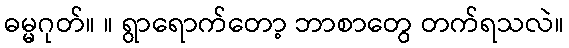
ဓမ္မဂုတ်။ ။ ရွာရောက်တော့ ဘာစာတွေ တက်ရသလဲ။